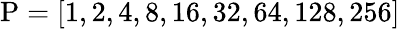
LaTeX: \mathrm{P}=[1,2,4,8,16,32,64,128,256]